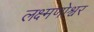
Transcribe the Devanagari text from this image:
लक्ष्मणोश्वर